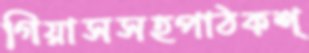
গিয়াসসহপাঠকশ্